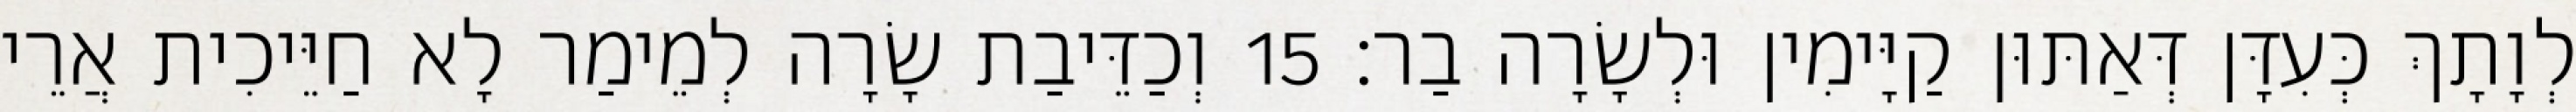
לְוָתָךְ כְּעִדָּן דְּאַתּוּן קַיָּימִין וּלְשָׂרָה בַר׃ 15 וְכַדֵּיבַת שָׂרָה לְמֵימַר לָא חַיֵּיכִית אֲרֵי